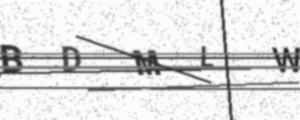
Text: BDMLW